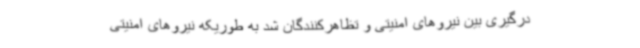
درگیری بین نیروهای امنیتی و تظاهرکنندگان شد به طوریکه نیروهای امنیتی